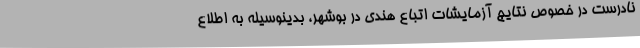
نادرست در خصوص نتایج آزمایشات اتباع هندی در بوشهر، بدینوسیله به اطلاع